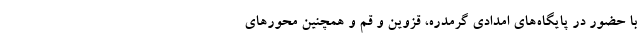
با حضور در پایگاه‌های امدادی گرمدره، قزوین و قم و همچنین محورهای